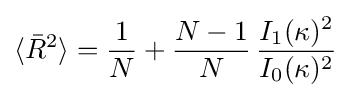
\langle {\bar {R}}^{2}\rangle ={\frac {1}{N}}+{\frac {N-1}{N}}\,{\frac {I_{1}(\kappa )^{2}}{I_{0}(\kappa )^{2}}}